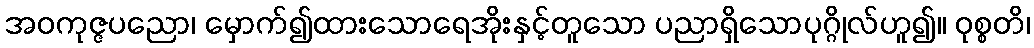
အဝကုဇ္ဇပညော၊ မှောက်၍ထားသောရေအိုးနှင့်တူသော ပညာရှိသောပုဂ္ဂိုလ်ဟူ၍။ ဝုစ္စတိ၊